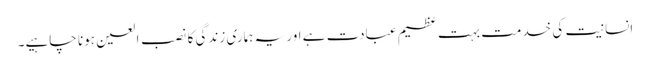
انسانیت کی خدمت بہت عظیم عبادت ہے اور یہ ہماری زندگی کا نصب العین ہونا چاہیے۔